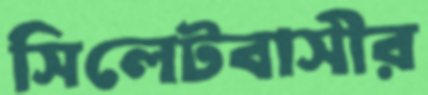
সিলেটবাসীর